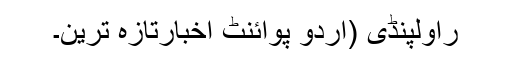
راولپنڈی (اُردو پوائنٹ اخبارتازہ ترین۔